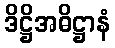
ဒိဋ္ဌိအဓိဋ္ဌာနံ